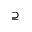
\supseteq